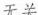
无关